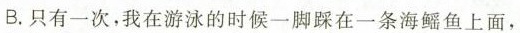
B.只有一次，我在游泳的时候一脚踩在一条海鳐鱼上面，